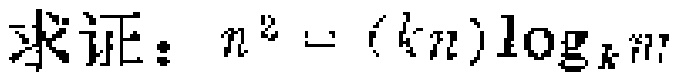
求证：\(n^{2}=(kn)\log_{k}n\)